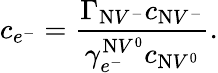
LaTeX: c_{e^{-}}=\frac{\Gamma_{\mathrm{N}V^{-}}c_{\mathrm{N}V^{-}}}{\gamma_{e^{-}}^{\mathrm{N}V^{0}}c_{\mathrm{N}V^{0}}}.